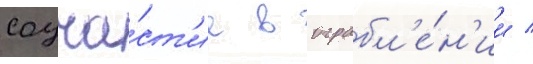
соуча́ст'ие в ограбл'е́н'ии /